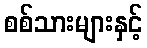
စစ်သားများနှင့်